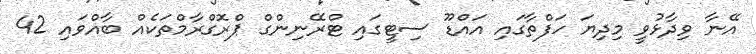
އޭނާ ވިދާޅުވީ މިދިޔަ ހަފްތާގައި އައްޑޫ ސިޓީގައި ޓްރޭނިންގް ޕްރޮގްރާމްތަކެއް ބާއްވައި 42